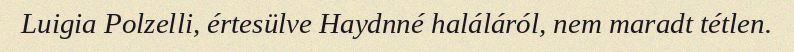
Luigia Polzelli, értesülve Haydnné haláláról, nem maradt tétlen.